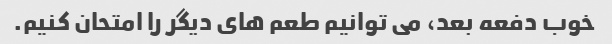
خوب دفعه بعد، می توانیم طعم های دیگر را امتحان کنیم.